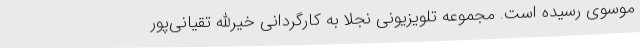
موسوی رسیده است. مجموعه تلویزیونی نجلا به کارگردانی خیرالله تقیانی‌پور